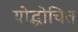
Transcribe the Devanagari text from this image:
योद्धोचित